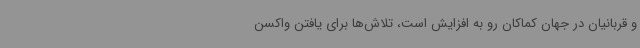
و قربانیان در جهان کماکان رو به افزایش است، تلاش‌ها برای یافتن واکسن